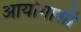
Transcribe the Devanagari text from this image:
आयोगाशी